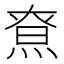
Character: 𤋯